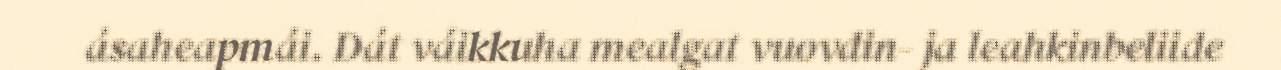
ásaheapmái. Dát váikkuha mealgat vuovdin- ja leahkinbeliide